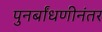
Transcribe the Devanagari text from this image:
पुनर्बांधणीनंतर